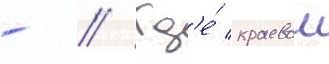
- // Гд'е́ краевои